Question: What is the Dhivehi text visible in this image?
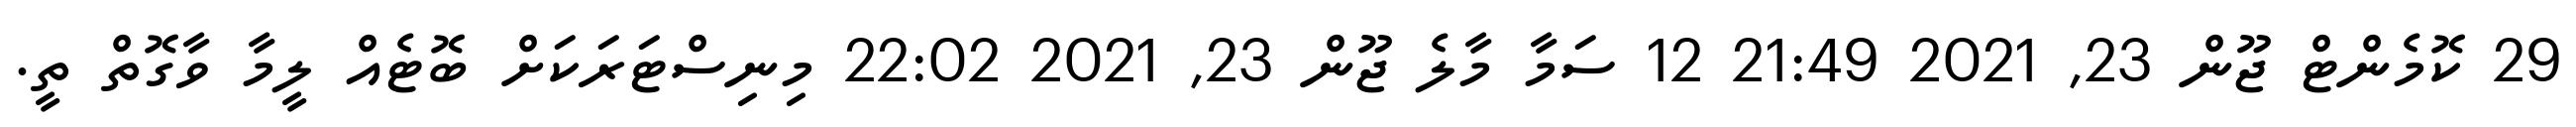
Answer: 29 ކޮމެންޓް ޖޫން 23, 2021 21:49 12 ސަމާ މާލެ ޖޫން 23, 2021 22:02 މިނިސްޓަރަކަށް ބޮޓެއް ލީމާ ވާގޮތް ތީ.